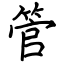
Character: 管